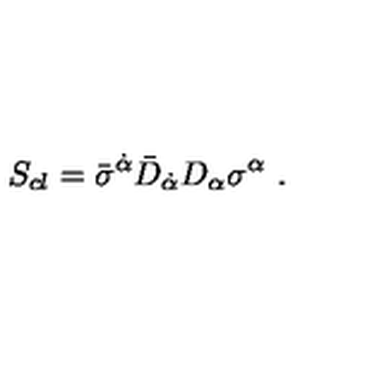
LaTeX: S _ { c l } = \bar { \sigma } ^ { \dot { \alpha } } \bar { D } _ { \dot { \alpha } } D _ { \alpha } \sigma ^ { \alpha } \ .